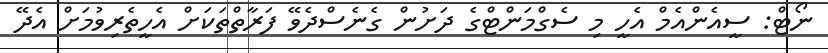
ނޯޓް: ސީއެންއެމް އެހީ މި ސެގްމަންޓްގެ ދަށުން ގެނެސްދެވޭ ފަރާތްތަކަށް އެހީތެރިވުމަށް އެދޭ